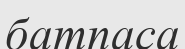
батпаса